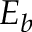
E _ { b }